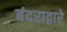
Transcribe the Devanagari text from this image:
बंदराद्वारे